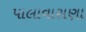
પાલાવાસણા